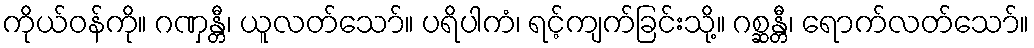
ကိုယ်ဝန်ကို။ ဂဏှန္တီ၊ ယူလတ်သော်။ ပရိပါကံ၊ ရင့်ကျက်ခြင်းသို့။ ဂစ္ဆန္တီ၊ ရောက်လတ်သော်။